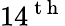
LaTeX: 14^{\mathrm{~t~h~}}